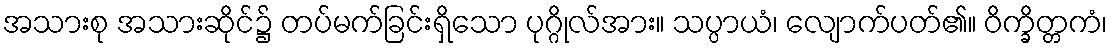
အသားစု အသားဆိုင်၌ တပ်မက်ခြင်းရှိသော ပုဂ္ဂိုလ်အား။ သပ္ပာယံ၊ လျောက်ပတ်၏။ ဝိက္ခိတ္တကံ၊